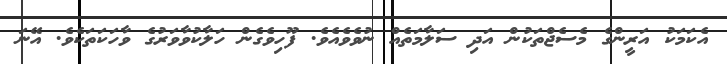
އެކަމަކު އަރީންގެ މެސެޖްތަކުން އަދި ސަލާމަތެއް ނުވެވެއެވެ. ފޫހިވެގެން ހަލާކުވާވަރުގެ ވާހަކަތަކެވެ. އޭނަ